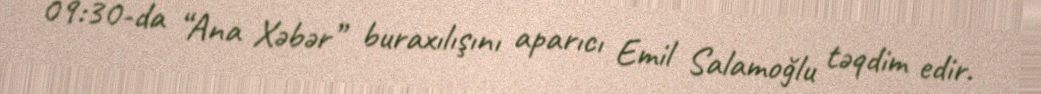
09:30-da “Ana Xəbər” buraxılışını aparıcı Emil Salamoğlu təqdim edir.